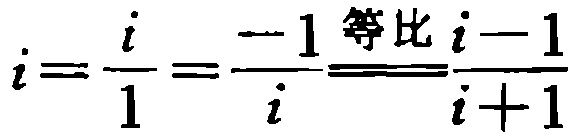
\(i=\frac{i}{1}=\frac{-1}{i}\stackrel{等比}{=}\frac{i - 1}{i + 1}\)